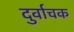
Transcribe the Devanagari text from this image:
दुर्वाचक